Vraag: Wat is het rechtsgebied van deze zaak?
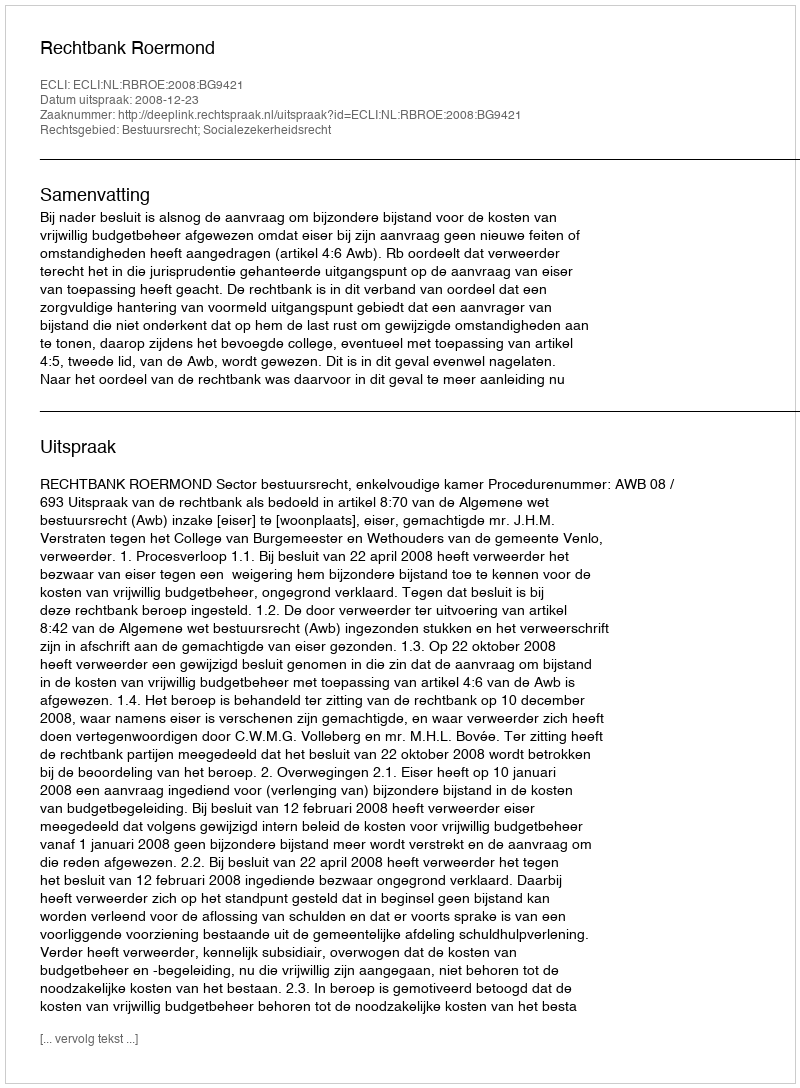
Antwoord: Bestuursrecht; Socialezekerheidsrecht